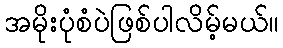
အမိုးပုံစံပဲဖြစ်ပါလိမ့်မယ်။